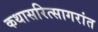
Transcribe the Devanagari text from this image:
कथासरित्सागरांत